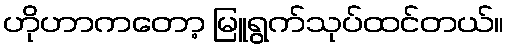
ဟိုဟာကတော့ မြူရွက်သုပ်ထင်တယ်။